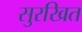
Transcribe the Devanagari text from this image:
सुरखित